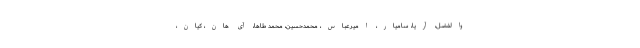
والفضل، آریا، سامیار، امیرعباس، محمدحسین، محمد طاها، آی هان، کیان،